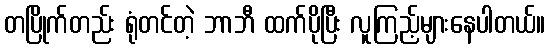
တပြိုက်တည်း ရုံတင်တဲ့ ဘာဘီ ထက်ပိုပြီး လူကြည့်များနေပါတယ်။